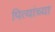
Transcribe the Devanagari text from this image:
पित्यांच्या